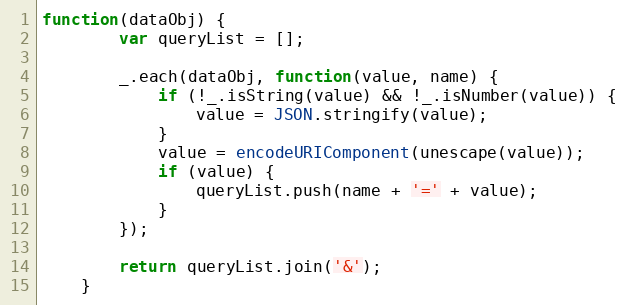
Language: JavaScript
function(dataObj) {
        var queryList = [];

        _.each(dataObj, function(value, name) {
            if (!_.isString(value) && !_.isNumber(value)) {
                value = JSON.stringify(value);
            }
            value = encodeURIComponent(unescape(value));
            if (value) {
                queryList.push(name + '=' + value);
            }
        });

        return queryList.join('&');
    }